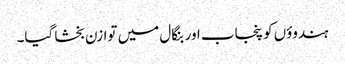
ہندوؤں کو پنجاب اور بنگال میں توازن بخشا گیا۔